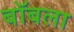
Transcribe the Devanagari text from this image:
बॉबला